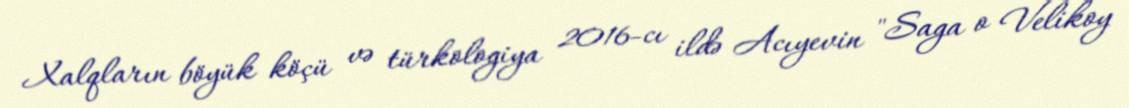
Xalqların böyük köçü və türkologiya 2016-cı ildə Acıyevin "Saga o Velikoy